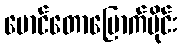
မောင်တောမြောက်ပိုင်း